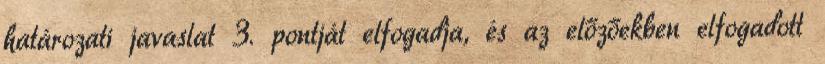
határozati javaslat 3. pontját elfogadja, és az előzőekben elfogadott